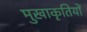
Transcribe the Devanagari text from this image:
मुखाकृतियों